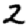
Digit: 2